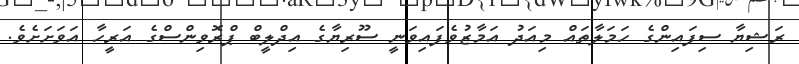
ރަޝިޔާ ސިފައިންގެ ހަމަލާތައް މިއަދު އަމާޒުވެފައިވަނީ ސޫރިޔާގެ އިދްލީބް ޕްރޮވިންސްގެ އަރީހާ އަވަށަށެވެ.